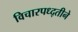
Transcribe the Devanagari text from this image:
विचारपध्द्तीने